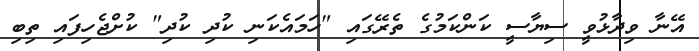
އޭނާ ވިދާޅުވީ ސިޔާސީ ކަންކަމުގެ ތެރޭގައި "ހަމައެކަނި ކުދި ކުދި" ކުށްޖެހިފައި ތިބި